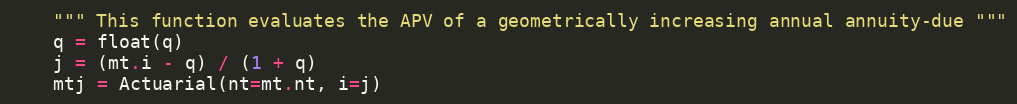
Language: Python
    """ This function evaluates the APV of a geometrically increasing annual annuity-due """
    q = float(q)
    j = (mt.i - q) / (1 + q)
    mtj = Actuarial(nt=mt.nt, i=j)